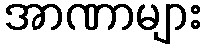
အာဏာများ